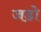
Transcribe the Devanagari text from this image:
जडो